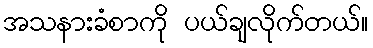
အသနားခံစာကို ပယ်ချလိုက်တယ်။